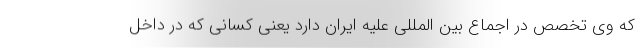
که وی تخصص در اجماع بین المللی علیه ایران دارد یعنی کسانی که در داخل